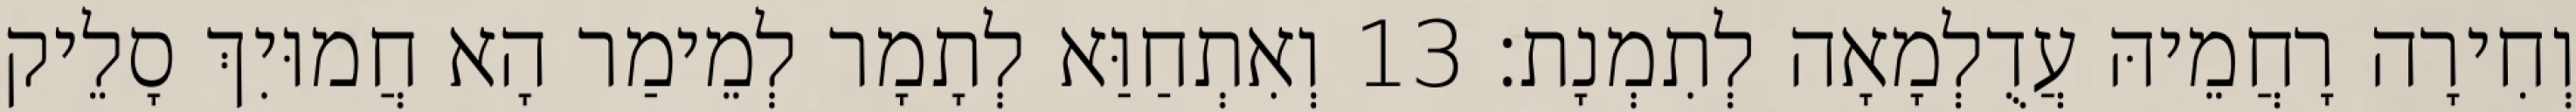
וְחִירָה רָחֲמֵיהּ עֲדֻלְמָאָה לְתִמְנָת׃ 13 וְאִתְחַוַּא לְתָמָר לְמֵימַר הָא חֲמוּיִךְ סָלֵיק